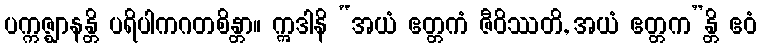
ပက္ကဇ္ဈာနန္တိ ပရိပါကဂတစိန္တာ။ ဣဒါနိ “အယံ ဧတ္တကံ ဇီဝိဿတိ, အယံ ဧတ္တက”န္တိ ဧဝံ